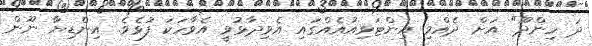
ދަ ހިންދޫ" އަށް ދެއްވި އިންޓަވިއުއެއްގައި އެވިދާޅުވީ އެވާހަކަ ފުޅެވެ. އިންޑިޔާ ނޫން